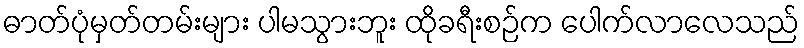
ဓာတ်ပုံမှတ်တမ်းများ ပါမသွားဘူး ထိုခရီးစဉ်က ပေါက်လာလေသည်